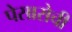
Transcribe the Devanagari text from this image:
पेसारोची